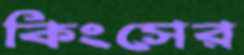
কিংসের